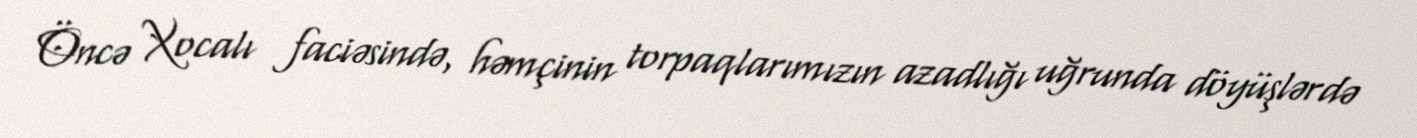
Öncə Xocalı faciəsində, həmçinin torpaqlarımızın azadlığı uğrunda döyüşlərdə